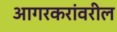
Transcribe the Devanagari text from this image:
आगरकरांवरील